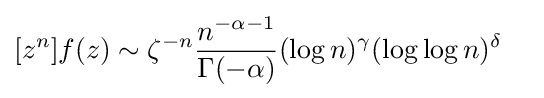
[z^{n}]f(z)\sim \zeta ^{-n}{\frac {n^{-\alpha -1}}{\Gamma (-\alpha )}}(\log n)^{\gamma }(\log \log n)^{\delta }\quad